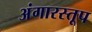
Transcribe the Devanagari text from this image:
अंगारस्तूप